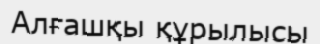
Алғашқы құрылысы